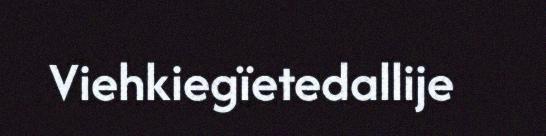
Viehkiegïetedallije